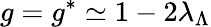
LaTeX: g=g^{*}\simeq 1-2\lambda_{\Lambda}